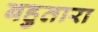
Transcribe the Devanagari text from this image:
बहुतारा